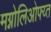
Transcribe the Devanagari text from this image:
मग्नोलिओफ्य्त